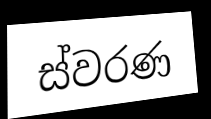
ස්වරණ